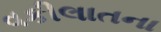
વકીલાતના